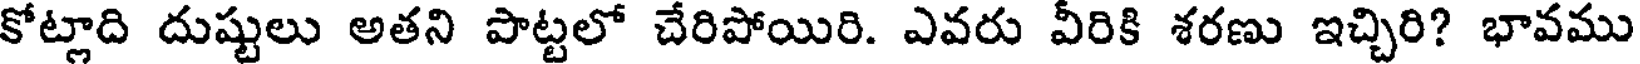
కోట్లాది దుష్టులు అతని పొట్టలో చేరిపోయిరి. ఎవరు వీరికి శరణు ఇచ్చిరి? భావము